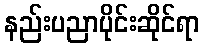
နည်းပညာပိုင်းဆိုင်ရာ